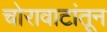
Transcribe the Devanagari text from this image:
चोरावाटांतून